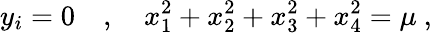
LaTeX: y_{i}=0\quad,\quad x_{1}^{2}+x_{2}^{2}+x_{3}^{2}+x_{4}^{2}=\mu~,